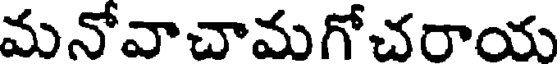
మనోవాచామగోచరాయ